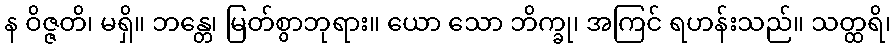
န ဝိဇ္ဇတိ၊ မရှိ။ ဘန္တေ၊ မြတ်စွာဘုရား။ ယော သော ဘိက္ခု၊ အကြင် ရဟန်းသည်။ သတ္ထရိ၊